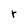
Character: r